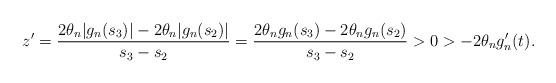
LaTeX: \begin{align*}z' = \frac{ 2 \theta_n|g_n (s_3)| - 2 \theta_n |g_n (s_2)| }{s_3 - s_2} = \frac{2 \theta_n g_n (s_3) - 2 \theta_n g_n (s_2)}{s_3 - s_2} > 0 > -2 \theta_n g_n' (t).\end{align*}